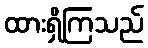
ထားရှိကြသည်